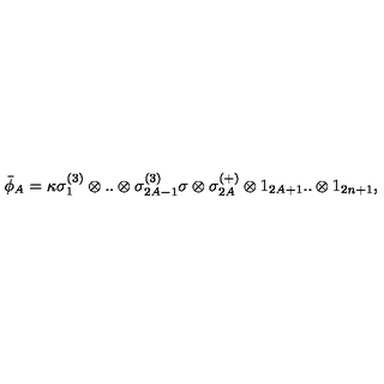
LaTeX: \bar { \phi } _ { A } = \kappa \sigma _ { 1 } ^ { ( 3 ) } \otimes . . \otimes \sigma _ { 2 A - 1 } ^ { ( 3 ) } \sigma \otimes \sigma _ { 2 A } ^ { ( + ) } \otimes 1 _ { 2 A + 1 } . . \otimes 1 _ { 2 n + 1 } ,